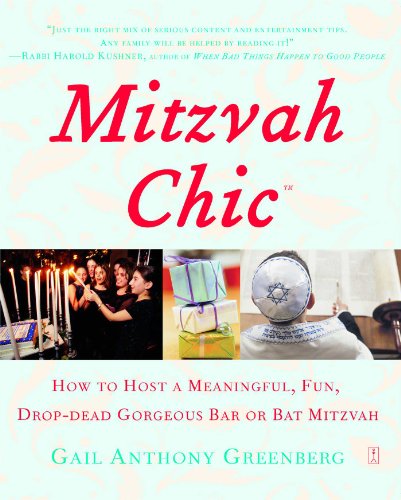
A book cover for MitzvahChic: How to Host a Meaningful, Fun, Drop-Dead Gorgeous Bar or Bat Mitzvah; Gail Anthony Greenberg; Cookbooks, Food & Wine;